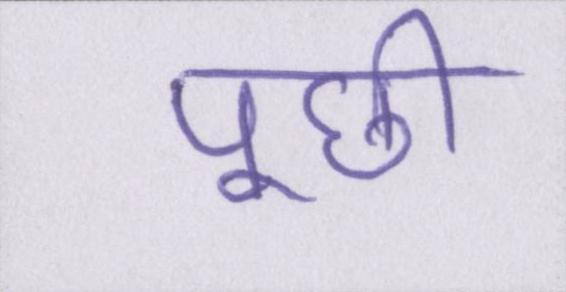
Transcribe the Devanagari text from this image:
पूछी